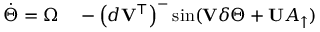
\begin{array} { r l } { \Dot { \Theta } = \Omega } & { { } - \left( \boldsymbol { d } \mathbf { V } ^ { \top } \right) ^ { - } \sin ( \mathbf { V } \boldsymbol { \delta } \Theta + \mathbf { U } A _ { \uparrow } ) } \end{array}